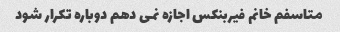
متاسفم خانم فیربنکس اجازه نمی دهم دوباره تکرار شود